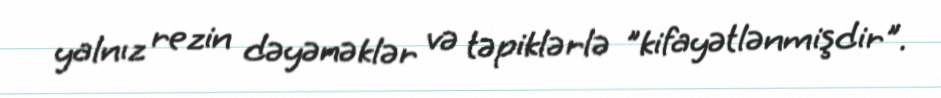
yalnız rezin dəyənəklər və təpiklərlə "kifayətlənmişdir".